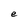
Character: e